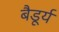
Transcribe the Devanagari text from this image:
बैडूर्य